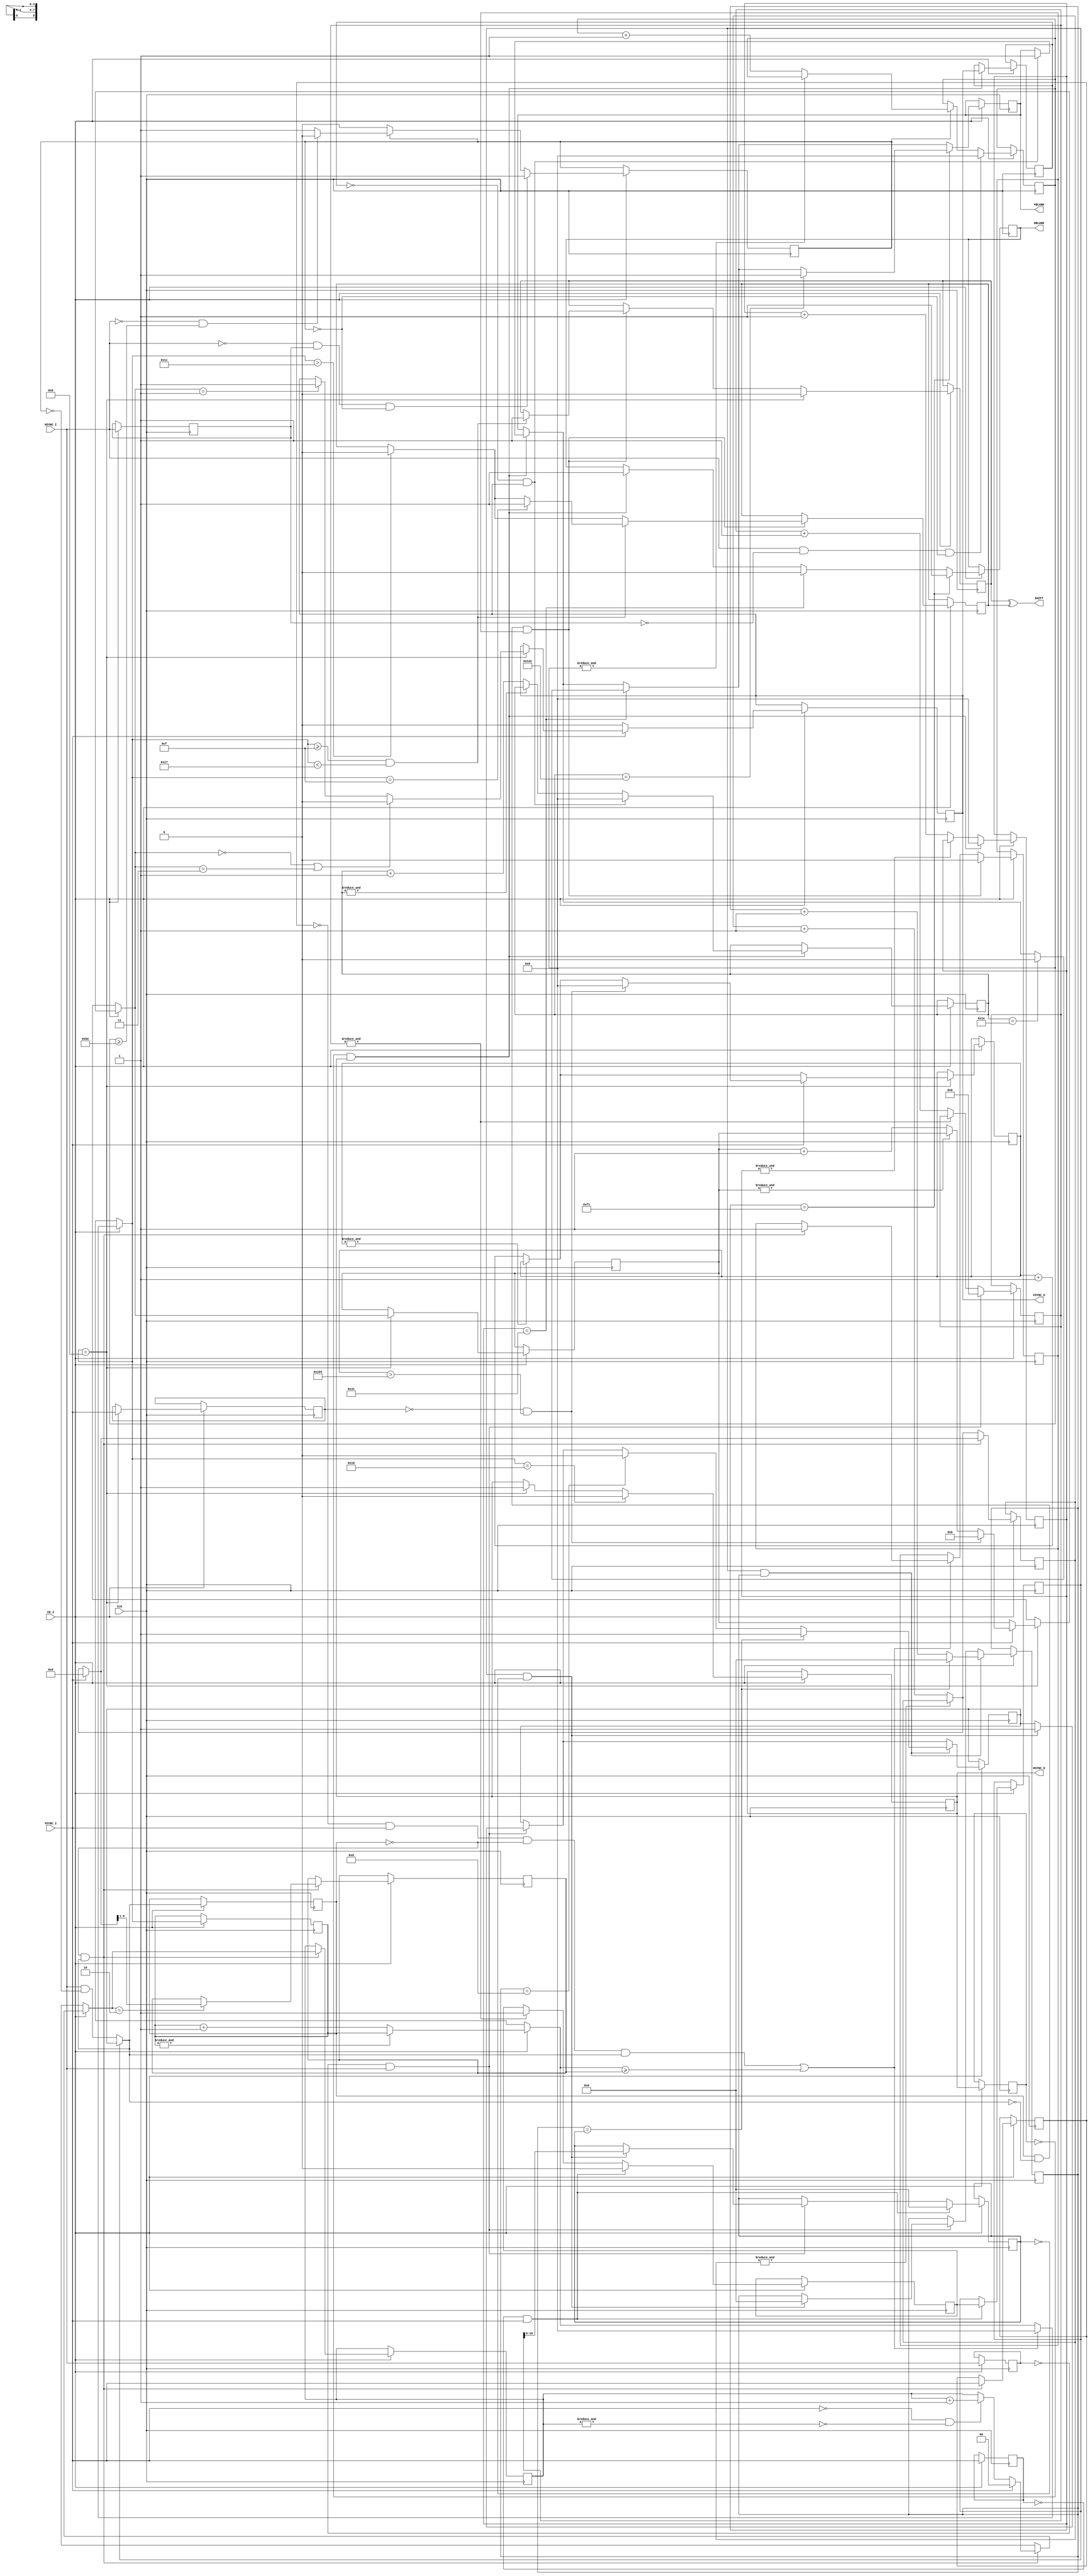
//------------------------------------------------------------------------------
//
// Extracted to separate entity, converted to verilog, optimized and tweaked
// (c) 2018 Sorgelig
//
//------------------------------------------------------------------------------
//
//    {@{@{@{@{@{@
//  {@{@{@{@{@{@{@{@  This code is covered by CoreAmstrad synthesis r005
//  {@    {@{@    {@  A core of Amstrad CPC 6128 running on MiST-board platform
//  {@{@{@{@{@{@{@{@
//  {@  {@{@{@{@  {@  CoreAmstrad is implementation of FPGAmstrad on MiST-board
//  {@{@        {@{@   Contact : renaudhelias@gmail.com
//  {@{@{@{@{@{@{@{@   @see http://code.google.com/p/mist-board/
//    {@{@{@{@{@{@     @see FPGAmstrad at CPCWiki
//
//------------------------------------------------------------------------------

// https://sourceforge.net/p/jemu/code/HEAD/tree/JEMU/src/jemu/system/cpc/GateArray.java

// altera message_off 10027
module crt_filter
(
	input      CLK,
	input      CE_4,
	input      HSYNC_I,
	input      VSYNC_I,
	output reg HSYNC_O,
	output reg VSYNC_O,
	output reg HBLANK,
	output reg VBLANK,
	output     SHIFT
);

wire resync = 1;
reg hs4,shift;
assign SHIFT = shift ^ hs4;


// generate HSync if original is absent for almost whole frame
reg hsync, no_hsync;
always @(posedge CLK) begin : hsyncgen
	reg [15:0] dcnt;
	reg [10:0] hsz, hcnt;

	reg old_vsync, old_hsync;
	reg no_hsync_next;
	
	if(CE_4) begin
		if(&dcnt) no_hsync_next <= 1; else dcnt <= dcnt + 1'd1;
		
		old_hsync <= HSYNC_I;
		if(~old_hsync & HSYNC_I) begin
			dcnt <= 0;
			if(no_hsync && !hsz) begin
				hsz <= dcnt[10:0];
				hsync <= 1;
				hcnt <= 0;
			end
		end
		
		if(no_hsync && hsz) begin
			hcnt <= hcnt + 1'd1;
			if(hcnt == 13) hsync <= 0;
			if(hcnt == hsz) begin
				hsync <= 1;
				hcnt <= 0;
			end
		end
		
		old_vsync <= VSYNC_I;
		if(~old_vsync & VSYNC_I) begin
			no_hsync <= no_hsync_next;
			no_hsync_next <= 0;
			hsz <= 0;
		end
	end

end

reg hsync_mask = 0;
// check for too frequent HSYNCs (S&KOH)
always @(posedge CLK) begin : hsyncfilt
	reg old_hsync;
	reg [8:0] line_time;

	if(CE_4) begin
		old_hsync <= HSYNC_I;
		if (hsync_mask) begin
			if (~&line_time) line_time <= line_time + 1'd1;
			if (!HSYNC_I & line_time >= 190) hsync_mask <= 0; // clear the mask after enough time
		end

		if (HSYNC_I & ~old_hsync & !hsync_mask) line_time <= 0; // new line detected
		if (~HSYNC_I & old_hsync & !hsync_mask) hsync_mask <= 1; // start to mask after the first hsync seen
	end
end

wire hsync_i = no_hsync ? hsync : (HSYNC_I & ~hsync_mask);


// Generate HSync,VSync for monitor
// HSync: delayed by 2us for set, immediate reset and limited by 4us.
// VSync: delayed by 2 lines for set, immediate reset and limited by 2 lines.
always @(posedge CLK) begin : syncgen
	reg       old_hsync;
	reg       old_vsync,old_vs;
	reg [8:0] hSyncCount;
	reg [9:0] hSyncCount2x;
	reg [8:0] hSyncSize;
	reg       hSyncReg;
	reg [3:0] vSyncCount;
	reg [1:0] syncs;
	reg [8:0] vSyncFlt;

	localparam HFLT_SZ = 50*4;
	localparam VFLT_SZ = 260;

	if(CE_4) begin
		old_hsync <= hsync_i;

		if(resync) begin
			if(~&hSyncCount) hSyncCount = hSyncCount + 1'd1;
			if(~old_hsync & hsync_i) old_vs <= VSYNC_I;

			//re-align restored hsync to the first hsync of vsync
			if((~old_vs & VSYNC_I & ~old_hsync & hsync_i) || (hSyncCount >= hSyncSize)) begin
				hSyncCount = 0;
				if(~old_hsync & hsync_i) hSyncReg <= 1;
			end
			
			// Calc line size from length of 2 first lines after VSync
			// 2 lines are needed to neutralize fake interlace video
			if(~&hSyncCount2x) hSyncCount2x = hSyncCount2x + 1'd1;
			if(~old_hsync & hsync_i) begin
				if(~VSYNC_I & ~&syncs) syncs = syncs + 1'd1;
				if(VSYNC_I) {syncs,hSyncCount2x} = 0;
				if(syncs == 2) hSyncSize <= hSyncCount2x[9:1];
			end
		end
		else begin
			if(hSyncCount < HFLT_SZ) hSyncCount = hSyncCount + 1'd1;
			else if(~old_hsync & hsync_i) begin
				hSyncCount = 0;
				hSyncReg <= 1;
			end
		end

		if(old_hsync & ~hsync_i & hSyncReg) begin
			hSyncReg <= 0;
			if(hSyncCount > 7*4) hs4 <= 0;
			if((hSyncCount >= 4*4-1) && (hSyncCount < 6*4-1)) begin
				if(hSyncCount == 4*4-1) hs4 <= 1;
				shift <= 1;
			end
		end

		if(hSyncCount == 2*4) begin
			HSYNC_O <= 1;
			shift <= 0;
			old_vsync <= VSYNC_I;
			
			if(~&vSyncFlt) vSyncFlt <= vSyncFlt + 1'd1;

			if(VSYNC_I) begin
				if(~old_vsync && (vSyncFlt > VFLT_SZ)) begin
					vSyncCount = 0;
					vSyncFlt <= 0;
				end
				else if(~&vSyncCount) vSyncCount = vSyncCount + 1'd1;
			end
			
			if(vSyncCount == 1) VSYNC_O <= 1;
			if(!vSyncCount || (vSyncCount == 3)) VSYNC_O <= 0;
		end

		//force VSYNC disable earlier
		if(~VSYNC_I) VSYNC_O <= 0;

		if(hSyncCount == 6*4) HSYNC_O <= 0;
	end
end

always @(posedge CLK) begin : blankgen

	localparam  BEGIN_VBORDER = 4 * 8 - 2;
	localparam  END_VBORDER = 37 * 8 + 6;

	localparam  BEGIN_HBORDER = 49;
	localparam  END_HBORDER = 241;

	reg old_vs;
	reg old_hs;

	reg [8:0] vborder;
	reg [8:0] hborder;

	if (CE_4) begin

		if(~&hborder) hborder <= hborder + 1'd1;
		old_hs <= HSYNC_O;
		if (~old_hs & HSYNC_O) begin
			hborder <= 0;
			HBLANK <= 1;

			if(~&vborder) vborder <= vborder + 1'd1;
			old_vs <= VSYNC_O;
			if(~old_vs & VSYNC_O) begin
				vborder <= 0;
				VBLANK <= 1;
			end
		end

		if(hborder == BEGIN_HBORDER) begin
			HBLANK <= 0;
			if(vborder == BEGIN_VBORDER) VBLANK <= 0;
		end
		
		if(hborder == END_HBORDER) begin
			HBLANK <= 1;
			if(vborder == END_VBORDER) VBLANK <= 1;
		end
	end
end

endmodule